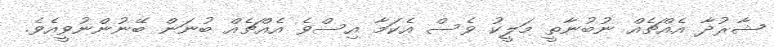
ޝާރުދާ އެއްޗެއް ނުބުނާތީ މަލީކު ވެސް އެކަމާ އިސްވެ އެއްޗެއް ބުނަން ބޭނުންނުވީއެވެ.